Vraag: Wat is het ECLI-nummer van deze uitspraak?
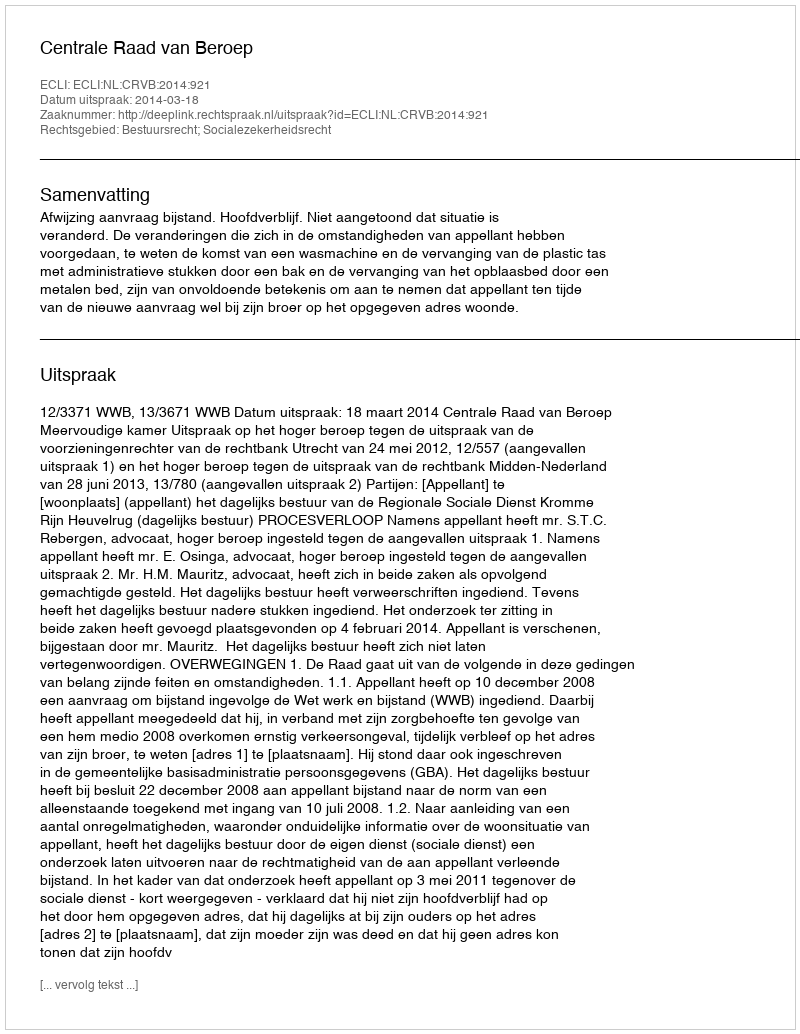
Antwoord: ECLI:NL:CRVB:2014:921